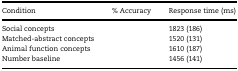
<table><thead><tr><td><b>Condition</b></td><td><b>% Accuracy</b></td><td><b>Response time (ms)</b></td></tr></thead><tbody><tr><td>Social concepts</td><td>[EMPTY_CELL]</td><td>1823 (186)</td></tr><tr><td>Matched-abstract concepts</td><td>[EMPTY_CELL]</td><td>1520 (131)</td></tr><tr><td>Animal function concepts</td><td>[EMPTY_CELL]</td><td>1610 (187)</td></tr><tr><td>Number baseline</td><td>[EMPTY_CELL]</td><td>1456 (141)</td></tr></tbody></table>